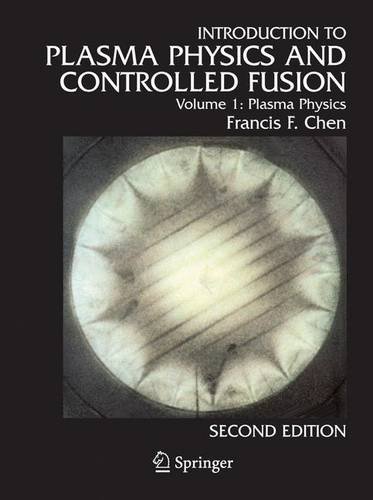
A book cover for Introduction to plasma physics and controlled fusion. Volume 1, Plasma physics; Francis F. Chen; Science & Math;